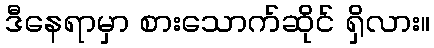
ဒီနေရာမှာ စားသောက်ဆိုင် ရှိလား။